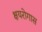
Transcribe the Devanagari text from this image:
क्षयरोगास